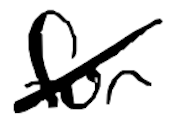
Text: for
Cross-out: diagonal
Writing tool: digital_black